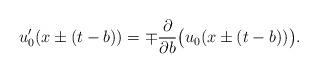
LaTeX: \begin{align*}u'_0(x\pm (t-b))=\mp \frac{\partial}{\partial b} \big( u_0(x\pm (t-b))\big).\end{align*}